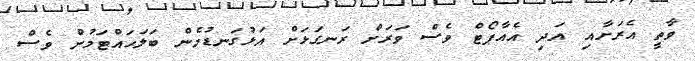
ވާތީ އެރަށާއި އަދި އެއާޕޯޓް ވެސް ވަރަށް ރަނގަޅަށް އަޅުގަނޑުމެން ބަލަހައްޓަމުން ވެސް